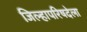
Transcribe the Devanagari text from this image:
जिल्हापरिषदेला